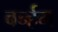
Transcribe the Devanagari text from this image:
बर्न्हम